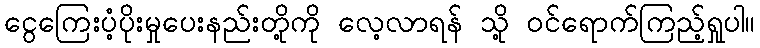
ငွေကြေးပံ့ပိုးမှုပေးနည်းတို့ကို လေ့လာရန် သို့ ဝင်ရောက်ကြည့်ရှုပါ။